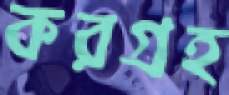
করগ্রহ